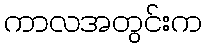
ကာလအတွင်းက